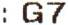
: G7